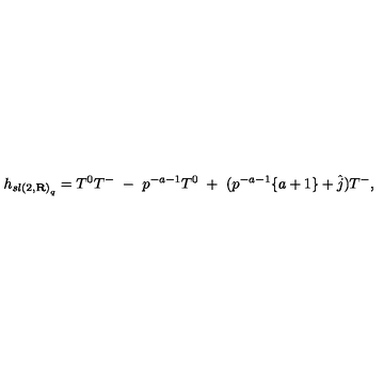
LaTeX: h _ { { s l ( 2 , { \bf R } ) } _ { q } } = T ^ { 0 } T ^ { - } \ - \ p ^ { - a - 1 } T ^ { 0 } \ + \ ( p ^ { - a - 1 } \{ a + 1 \} + \hat { j } ) T ^ { - } ,